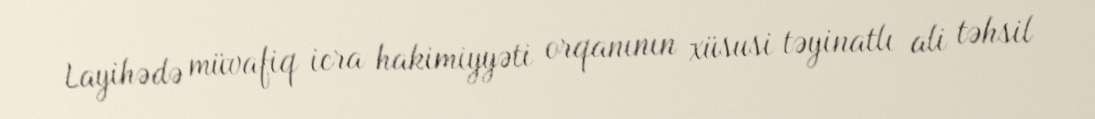
Layihədə müvafiq icra hakimiyyəti orqanının xüsusi təyinatlı ali təhsil